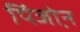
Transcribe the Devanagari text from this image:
पिंजो़न